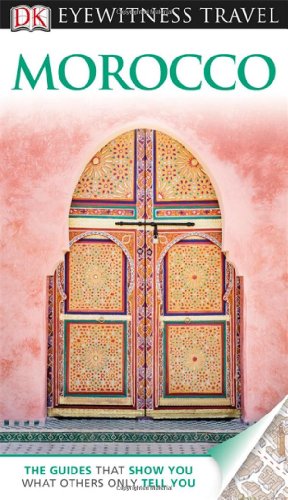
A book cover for DK Eyewitness Travel Guide: Morocco; DK Publishing; Travel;